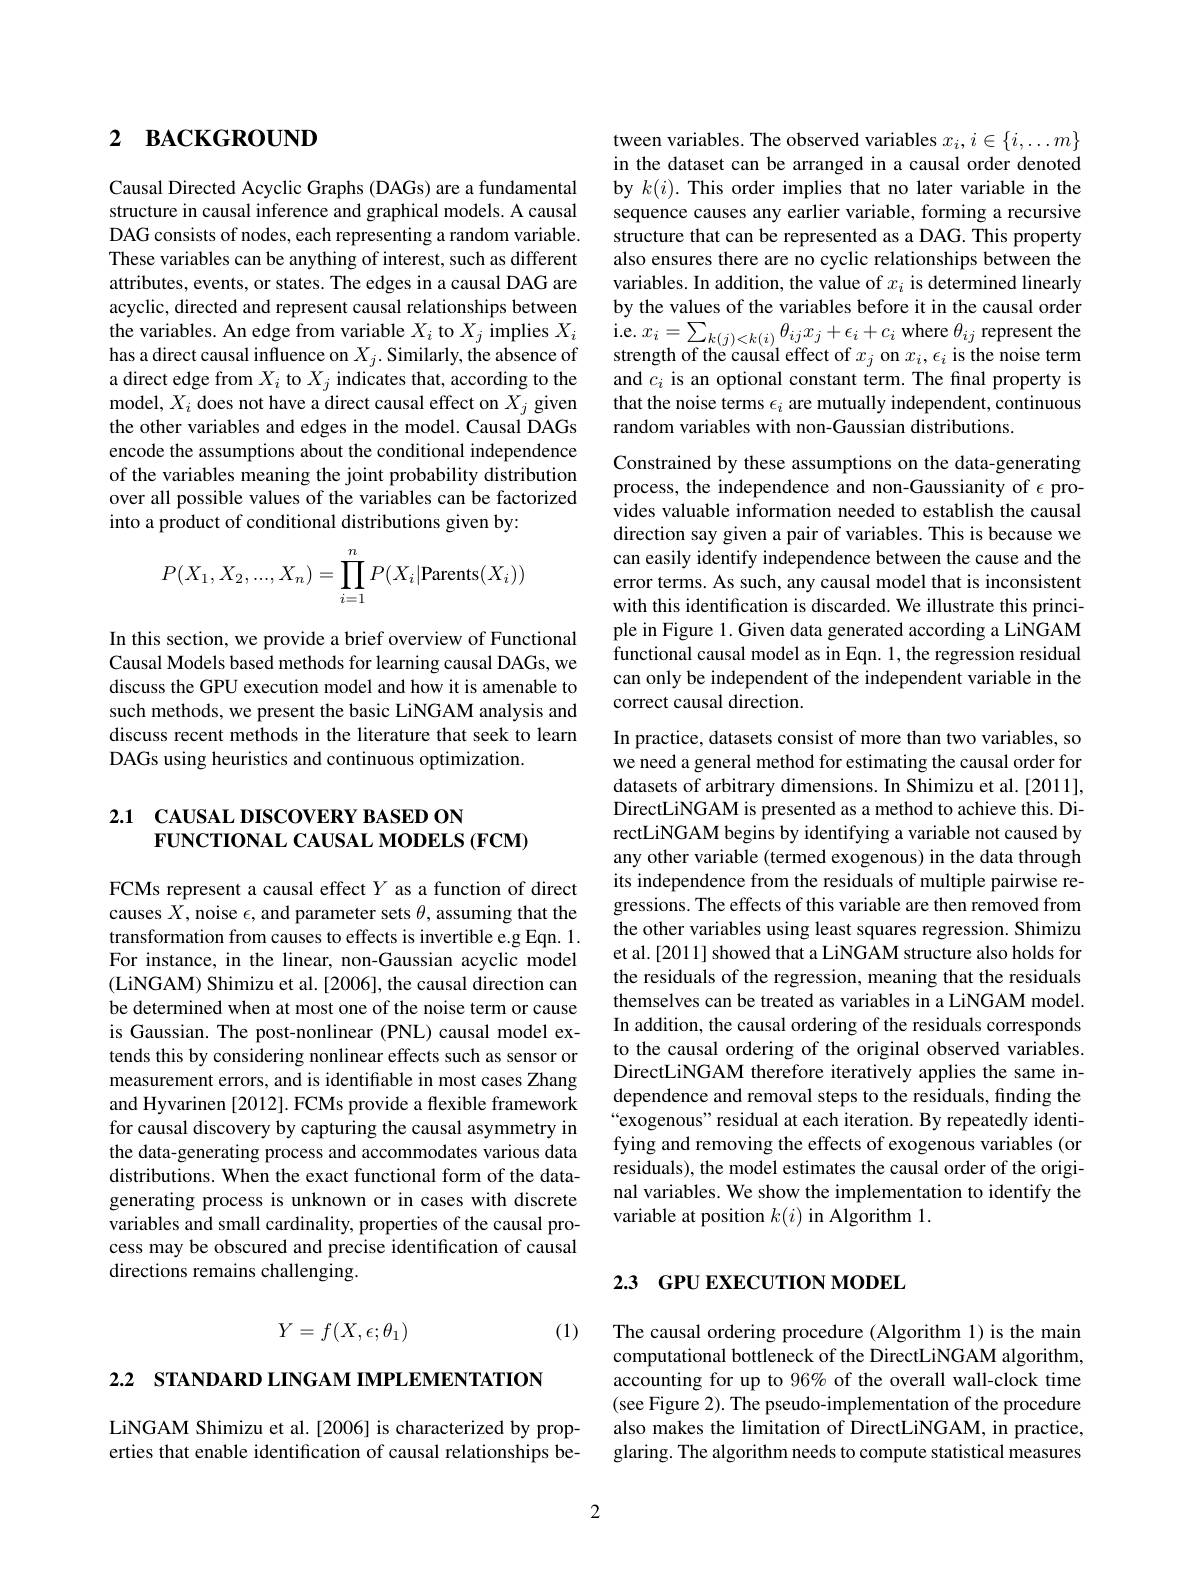
## 2 ВАСКGROUND

Causal Directed Acyclic Graphs (DAGs) are a fundamental structure in causal inference and graphical models. A causal DAG consists of nodes, each representing a random variable. These variables can be anything of interest, such as different attributes, events, or states. The edges in a causal DAG are acyclic, directed and represent causal relationships between has a direct causal influence on $X_{j}.$Similarly, the absence of a direct edge from $X_{i}$ to $X_{j}$ indicates that, according to the model, $X_i$ does not have a direct causal effect on $X_j$ given the other variables and edges in the model. Causal DAGs encode the assumptions about the conditional independence of the variables meaning the joint probability distribution over all possible values of the variables can be factorized into a product of conditional distributions given by:
$$P(X_1,X_2,...,X_n)=\prod_{i=1}^nP(X_i|\text{Parents}(X_i))$$
In this section, we provide a brief overview of Functional Causal Models based methods for learning causal DAGs, we discuss the GPU execution model and how it is amenable to such methods, we present the basic LiNGAM analysis and discuss recent methods in the literature that seek to learn DAGs using heuristics and continuous optimization.

## 2.1 CAUSAL DISCOVERY BASED ON $\mathbf{FUNCTIONAL~CAUSAL~MODELS~(FCM)}$

FCMs represent a causal effect $Y$ as a function of direct causes $X$, noise $\epsilon$, and parameter sets $\theta$, assuming that the transformation from causes to effects is invertible e.g Eqn. 1. For instance, in the linear, non-Gaussian acyclic model (LiNGAM) Shimizu et al.[2006], the causal direction can be determined when at most one of the noise term or cause is Gaussian. The post-nonlinear (PNL) causal model extends this by considering nonlinear effects such as sensor or measurement errors, and is identifiable in most cases Zhang and Hyvarinen [2012]. FCMs provide a flexible framework for causal discovery by capturing the causal asymmetry in the data-generating process and accommodates various data distributions. When the exact functional form of the datagenerating process is unknown or in cases with discrete variables and small cardinality, properties of the causal process may be obscured and precise identification of causal directions remains challenging.
$$Y=f(X,\epsilon;\theta_1)$$
(1)

2.2 STANDARD LINGAM IMPLEMENTATION

LiNGAM Shimizu et al.[2006] is characterized by properties that enable identification of causal relationships be-

tween variables. The observed variables $x_i,i\in\{i,\ldots m\}$ in the dataset can be arranged in a causal order denoted by $k(i).$ This order implies that no later variable in the sequence causes any earlier variable, forming a recursive structure that can be represented as a DAG. This property also ensures there are no cyclic relationships between the variables. In addition, the value of $x_i$ is determined linearly by the values of the variables before it in the causal order
the variables. An edge from variable $X_i$ to $X_j$ implies $X_i$ i.e.$x_i=\sum_{k(j)<k(i)}\theta_{ij}x_j+\epsilon_i+c_i$ where $\theta_ij$ represent the has a direct causal influence on $X_j.$ Similarly, the absence of strength of the causal effect of $x_j$ on $x_i,\epsilon_i$ is
and $c_i$ is an optional constant term. The final property is that the noise terms $\epsilon_i$ are mutually independent, continuous random variables with non-Gaussian distributions.
Constrained by these assumptions on the data-generating

process, the independence and non-Gaussianity of $\epsilon$ provides valuable information needed to establish the causal direction say given a pair of variables. This is because we can easily identify independence between the cause and the error terms. As such, any causal model that is inconsistent with this identification is discarded. We illustrate this principle in Figure 1. Given data generated according a LiNGAM functional causal model as in Eqn. 1, the regression residual can only be independent of the independent variable in the correct causal direction.

In practice, datasets consist of more than two variables, so we need a general method for estimating the causal order for datasets of arbitrary dimensions. In Shimizu et al. [2011], DirectLiNGAM is presented as a method to achieve this. DirectLiNGAM begins by identifying a variable not caused by any other variable (termed exogenous) in the data through its independence from the residuals of multiple pairwise regressions. The effects of this variable are then removed from the other variables using least squares regression. Shimizu et al.[2011] showed that a LiNGAM structure also holds for the residuals of the regression, meaning that the residuals themselves can be treated as variables in a LiNGAM model. In addition, the causal ordering of the residuals corresponds to the causal ordering of the original observed variables. DirectLiNGAM therefore iteratively applies the same independence and removal steps to the residuals, finding the “exogenous" residual at each iteration. By repeatedly identifying and removing the effects of exogenous variables (or residuals), the model estimates the causal order of the original variables. We show the implementation to identify the variable at position $k(i)$ in Algorithm 1.

# 23 GPU EXECUTION MODEL

The causal ordering procedure (Algorithm 1) is the main computational bottleneck of the DirectLiNGAM algorithm, accounting for up to 96% of the overall wall-clock time (see Figure 2). The pseudo-implementation of the procedure also makes the limitation of DirectLiNGAM, in practice, glaring. The algorithm needs to compute statistical measures

2